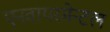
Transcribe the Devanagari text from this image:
एनवायरमेन्टल